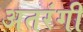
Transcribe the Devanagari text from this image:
अतरंगी